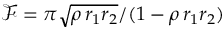
\mathcal { F } = \pi \sqrt { \rho \, r _ { 1 } r _ { 2 } } / ( 1 - \rho \, r _ { 1 } r _ { 2 } )